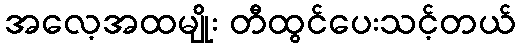
အလေ့အထမျိုး တီထွင်ပေးသင့်တယ်